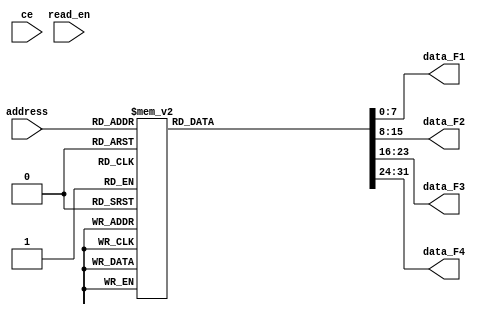
module Rom_Using_Case (
           input [2:0] address,
            input read_en,
            input ce,
            output reg [7:0] data_F1,
            output reg [7:0] data_F2,
            output reg [7:0] data_F3,
            output reg [7:0] data_F4
            );

            reg [7:0] data ;
  
      always @ (ce,read_en,address)
      begin
      case (address)
           3'b000 : begin
                 data_F1 = 0;
                 data_F2= 1;
                 data_F3=0;
                 data_F4=0;
                 end
           3'b001 : begin
                 data_F1=0;
                 data_F2=1;
                 data_F3=1;
                 data_F4=0;
                 end
           3'b010 : begin
                 data_F1=1;
                 data_F2=0;
                 data_F3=0;
                 data_F4=0;
                 end
           3'b011 : begin
                 data_F1=1;
                 data_F2=1;
                 data_F3=0;
                 data_F4=1;
                 end
           3'b100 : begin
                 data_F1 =0;
                 data_F2=0;
                 data_F3=1;
                 data_F4=0;
                 end
           3'b101 : begin
                 data_F1=0;
                 data_F2=0;
                 data_F3=0;
                 data_F4=1;
                 end
           3'b110:  begin
                 data_F1=1;
                 data_F2=1;
                 data_F3=0;
                 data_F4=1;
                 end
           3'b111:  begin
                 data_F1=1;
                 data_F2=0;
                 data_F3=1;
                 data_F4=1;
                 end
          
      endcase
      end
endmodule